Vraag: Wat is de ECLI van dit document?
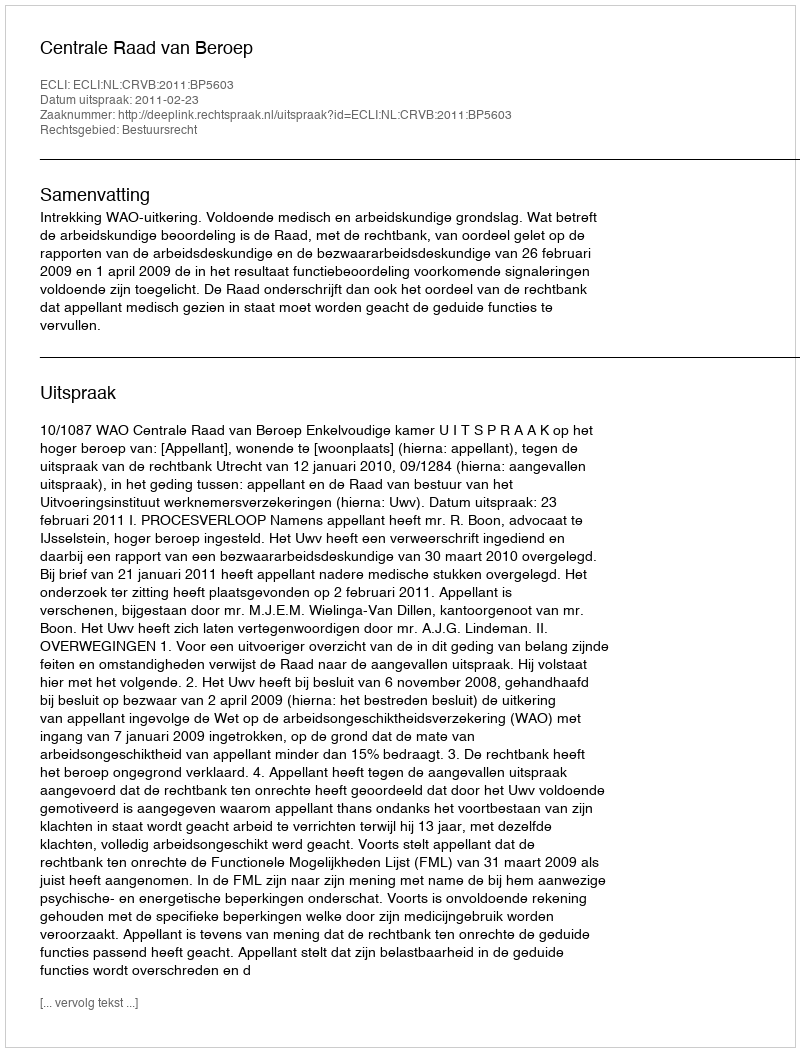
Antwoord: ECLI:NL:CRVB:2011:BP5603